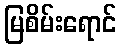
မြစိမ်းရောင်